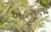
બહરાણો